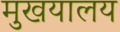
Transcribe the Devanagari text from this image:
मुखयालय